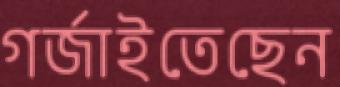
গর্জাইতেছেন